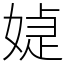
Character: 媫